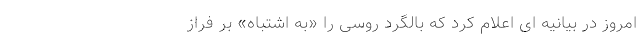
امروز در بیانیه ای اعلام کرد که بالگرد روسی را «به اشتباه» بر فراز